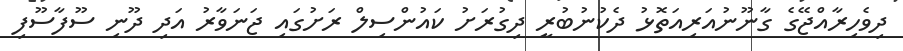
ދިވެހިރާއްޖޭގެ ގާނޫނުއަރިއަތޮޅު ދެކުނުބުރީ ދިގުރަށު ކައުންސިލް ރަށުގައި ޖަނަވާރު އަދި ދޫނި ސޫފާސޫފި